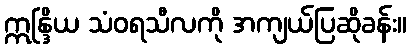
ဣန္ဒြိယ သံဝရသီလကို အကျယ်ပြဆိုခန်း။